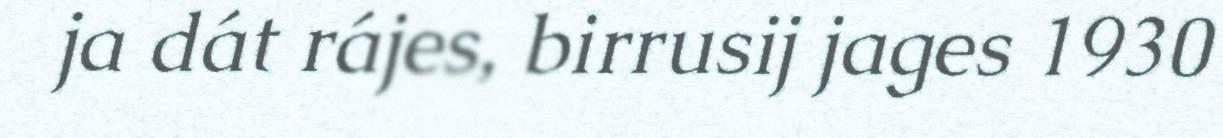
ja dát rájes, birrusij jages 1930